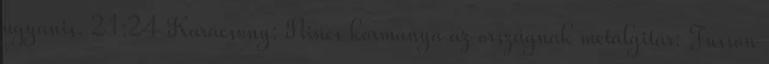
ugyanis. 21:24 Karácsony: Nincs kormánya az országnak metálgitár: Fusson